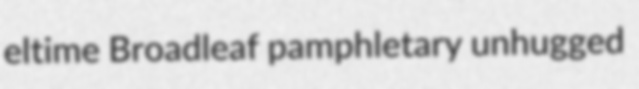
eltime Broadleaf pamphletary unhugged